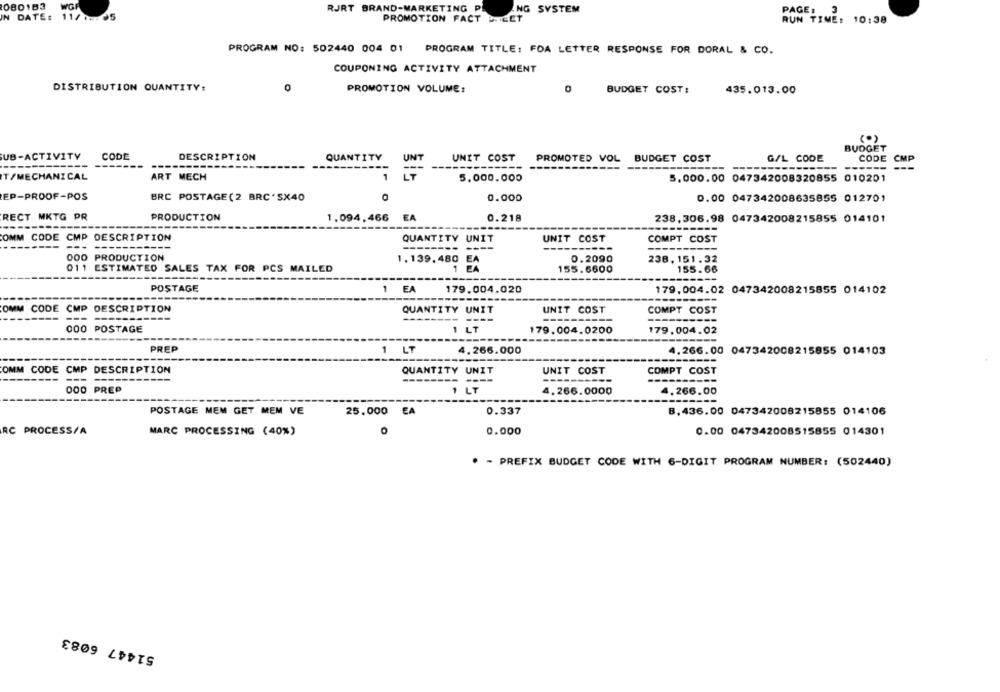
0801B3
WGA
RJRT BRAND-MARKETING PL
NG SYSTEM
PAGE, 3
DATE: 11/1:05
PROMOTION FACT DIEET
RUN TIME: 10:38
PROGRAM NO: 502440 004 01 PROGRAM TITLE: FOA LETTER RESPONSE FOR DORAL & CO.
COUPONING ACTIVITY ATTACHMENT
DISTRIBUTION QUANTITY:
0
PROMOTION VOLUME:
0
BUDGET COST:
435.013.00
(0)
BUDGET
UB-ACTIVITY
CODE
DESCRIPTION
QUANTITY
UNT
UNIT COST
PROMOTED VOL BUDGET COST
G/L CODE
CODE
CMP
------
T /MECHANICAL
ART MECH
1
5,000.000
5.000.00 047342008320855 010201
EP-PROOF-POS
BRC POSTAGE(2 BRC'SX40
0.000
0.00 047342008635855 012701
RECT MKTG PR
PRODUCTION
1.094,466 EA
0.218
238,306.98 047342008215855 014101
OMM CODE CMP DESCRIPTION
QUANTITY UNIT
UNIT COST
COMPT COST
--------
----
OOO PRODUCTION
1.139, 480 EA
0.2090
238. 151.32
011 ESTIMATED SALES TAX FOR PCS MAILED
EA
155.6600
155.66
POSTAGE
1 EA
179.004.020
179,004.02 047342008215855 014102
---
OMM CODE CMP DESCRIPTION
QUANTITY UNIT
UNIT COST
COMPT COST
--
000 POSTAGE
1 LT
179.004.0200
179,004.02
PREP
1 LT
4.266.000
4.266.00 047342008215855 014103
----
OMM CODE CMP
DESCRIPTION
QUANTITY UNIT
UNIT COST
COMPT COST
------
---
PREP
4.266.0000
4.266.00
POSTAGE MEM GET MEM VE
25.000 EA
0.337
8.436.00 047342008215855 014106
O
RC PROCESS/A
MARC PROCESSING (40%)
0.000
0.00 047342008515855 014301
* - PREFIX BUDGET CODE WITH 6-DIGIT PROGRAM NUMBER: (502440)
51447 6083